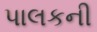
પાલકની